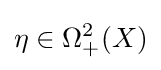
\eta \in \Omega _{+}^{2}(X)